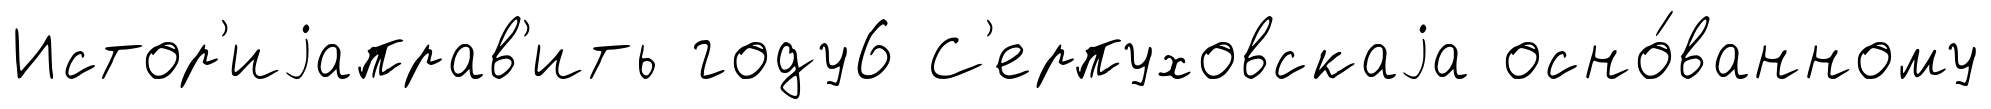
Истор'иjаправ'ить году6 С'ерпуховскаjа осно́ванному